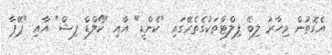
އެގޮތުން މިހާރު ލިބޭ ފިލްޓާތަކުގެތެރޭގައި "ކެންޑީ" އާއި "ކޯލްޑް ފިޝް" އާއި "ޕޭޕާ